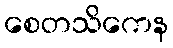
စေတသိကေန